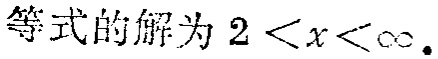
等式的解为 \(2 < x < \infty\) 的LATEX格式为：\(2 < x < \infty\)